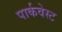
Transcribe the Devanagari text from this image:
पार्कवेस्ट